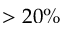
> 2 0 \%